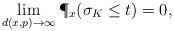
LaTeX: \begin{align*}\lim_{d(x,p)\to\infty}\P_x(\sigma_K\leq t)=0,\end{align*}